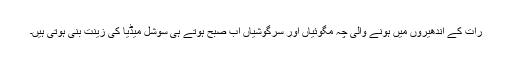
رات کے اندھیروں میں ہونے والی چہ مگوئیاں اور سرگوشیاں اب صبح ہوتے ہی سوشل میڈیا کی زینت بنی ہوتی ہیں۔